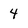
Character: 4